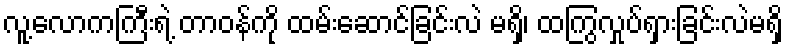
လူ့လောကကြီးရဲ့ တာဝန်ကို ထမ်းဆောင်ခြင်းလဲ မရှိ၊ ထကြွလှုပ်ရှားခြင်းလဲမရှိ